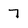
Character: 7